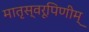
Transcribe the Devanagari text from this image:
मातृस्वरूपिणीम्